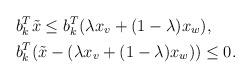
LaTeX: \begin{align*} & b_k^T\Tilde{x}\le b_k^T(\lambda x_v + (1-\lambda)x_w),\\ &b_k^T(\Tilde{x}-(\lambda x_v + (1-\lambda)x_w))\le0. \end{align*}